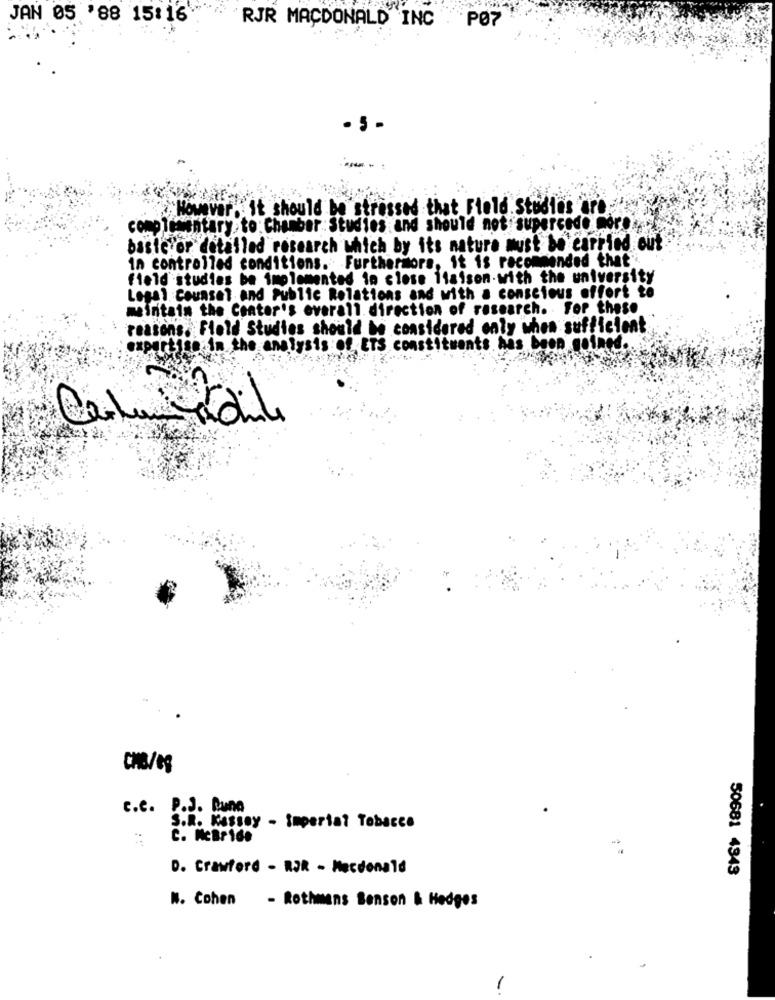
JAN 05 '88 15:16"
RJR MACDONALD INC PØ7
--
However, it should be stressed that Field. Studies are
complementary.to: Chamber: Studies and should not supercedo mère
basic or detailed research which by its nature must be carried out
in controlled conditions. Furthermore, it is recommended that".
field studies be implemented in close liaison with the university
Legal Counsel and Public Relations and with a conscious offort to
maintain the Center's overall direction of research. For these
reasons. Field Studies should be considered caly when sufficient
expertise in the analysis of ETS constituents has been gained ..
CHE/es
c.c. P.J. Puna
S.R. Kassay - Imperial Tobacco
C. McBride
D. Crawford - RJR - Macdonald
50681 4343
W. Cohen - Rothmans Benson & Hedges
-